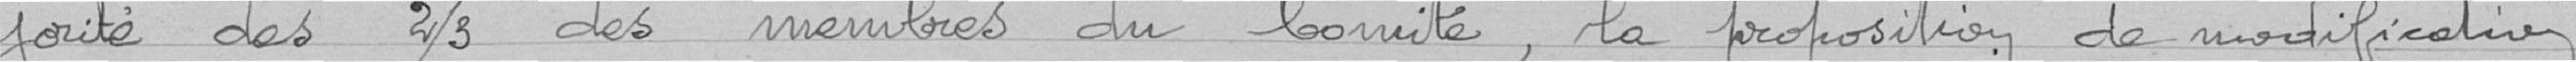
jorité des 2/3 des membres du Comité, la proposition de modification